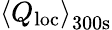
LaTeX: \left<Q_{\mathrm{loc}}\right>_{\mathrm{300s}}